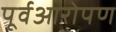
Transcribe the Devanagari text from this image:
पूर्वआरोपण